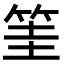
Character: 筀